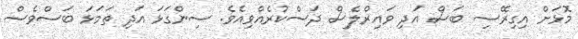
މޮޅަށް އިގިރޭސި ބަސް އަދި ވައިރްލެސް ދަސްކުރެއްވިއެވެ. ސިންގަޅަ އަދި ތަމަޅަ ބަސްވެސް